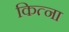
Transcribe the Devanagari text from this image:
कित्ना